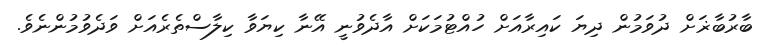
ބާރުބާޜަށް ދުވަމުން ދިޔަ ކައިރާއަށް ހުއްޓުމަކަށް އާދެވުނީ އޭނާ ކިޔަވާ ކިލާސްތެރެއަށް ވަދެވުމުންނެވެ.